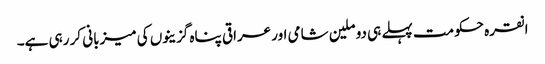
انقرہ حکومت پہلے ہی دو ملین شامی اور عراقی پناہ گزینوں کی میزبانی کر رہی ہے۔